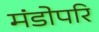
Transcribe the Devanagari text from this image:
मंडोपरि